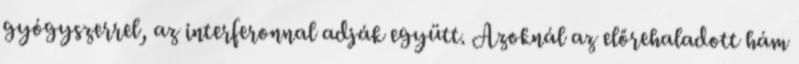
gyógyszerrel, az interferonnal adják együtt. Azoknál az előrehaladott hám